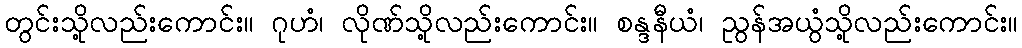
တွင်းသို့လည်းကောင်း။ ဂုဟံ၊ လိုဏ်သို့လည်းကောင်း။ စန္ဒနီယံ၊ ညွန်အယွံသို့လည်းကောင်း။